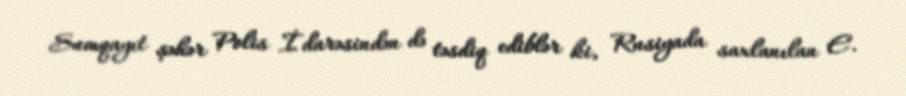
Sumqayıt şəhər Polis İdarəsindən də təsdiq ediblər ki, Rusiyada saxlanılan E.